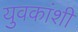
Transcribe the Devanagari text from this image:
युवकांशी